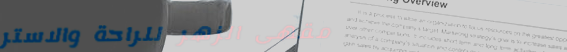
مقهى الزهر للراحة والاستر